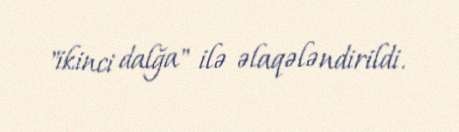
"ikinci dalğa" ilə əlaqələndirildi.